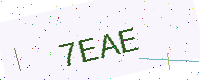
Text: 7EAE